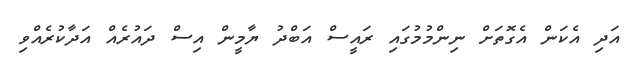
އަދި އެކަން އެގޮތަށް ނިންމުމުގައި ރައީސް އަބްދު ޔާމީން އިސް ދައުރެއް އަދާކުރެއްވި